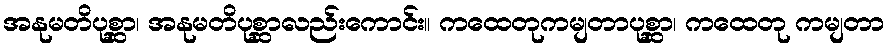
အနုမတိပုစ္ဆာ၊ အနုမတိပုစ္ဆာလည်းကောင်း။ ကထေတုကမျတာပုစ္ဆာ၊ ကထေတု ကမျတာ